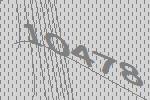
10478